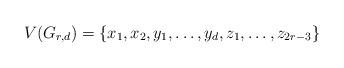
LaTeX: \begin{align*}V(G_{r,d})=\{x_{1},x_{2},y_{1},\ldots,y_{d},z_{1},\ldots ,z_{2r-3}\}\end{align*}